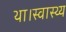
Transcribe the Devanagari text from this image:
था।स्वास्थ्य